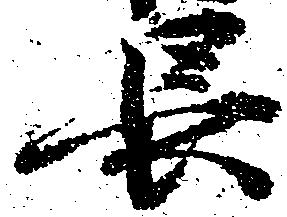
長